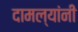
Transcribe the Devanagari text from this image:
दामल्यांनी